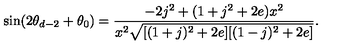
\sin ( 2 \theta _ { d - 2 } + \theta _ { 0 } ) = \frac { - 2 j ^ { 2 } + ( 1 + j ^ { 2 } + 2 e ) x ^ { 2 } } { x ^ { 2 } \sqrt { [ ( 1 + j ) ^ { 2 } + 2 e ] [ ( 1 - j ) ^ { 2 } + 2 e ] } } .